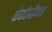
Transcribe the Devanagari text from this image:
पोर्फाइरीनता